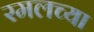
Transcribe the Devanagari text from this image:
रमलच्या